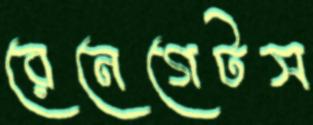
রেনেগেটস